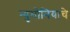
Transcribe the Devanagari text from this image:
न्युमोनियाचे